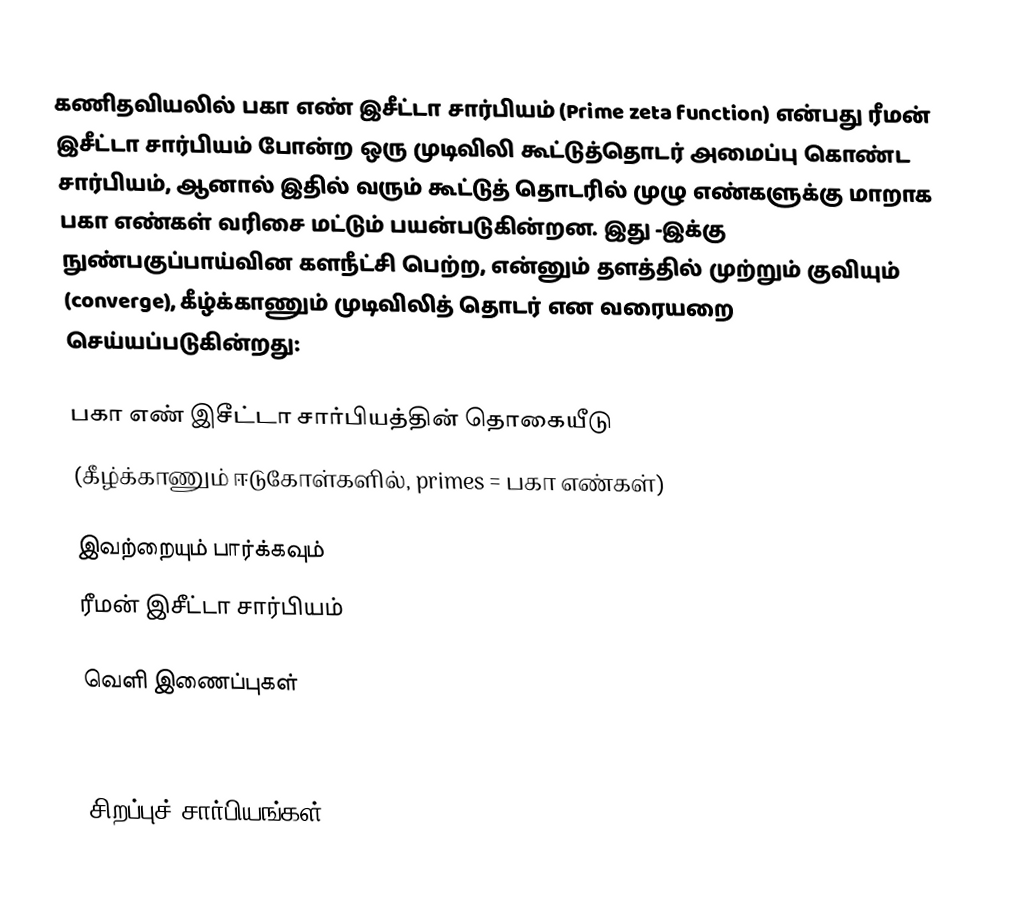
கணிதவியலில் பகா எண் இசீட்டா சார்பியம் (Prime zeta function) என்பது ரீமன் இசீட்டா சார்பியம் போன்ற ஒரு முடிவிலி கூட்டுத்தொடர் அமைப்பு கொண்ட சார்பியம், ஆனால் இதில் வரும் கூட்டுத் தொடரில் முழு எண்களுக்கு மாறாக பகா எண்கள் வரிசை மட்டும் பயன்படுகின்றன. இது  -இக்கு நுண்பகுப்பாய்வின களநீட்சி பெற்ற,   என்னும் தளத்தில் முற்றும் குவியும் (converge), கீழ்க்காணும் முடிவிலித் தொடர் என வரையறை செய்யப்படுகின்றது:

பகா எண் இசீட்டா சார்பியத்தின் தொகையீடு
(கீழ்க்காணும் ஈடுகோள்களில், primes = பகா எண்கள்)

இவற்றையும் பார்க்கவும்
ரீமன் இசீட்டா சார்பியம்

வெளி இணைப்புகள்

 Prime Zeta Function, in Wolfram Mathworld

சிறப்புச் சார்பியங்கள்